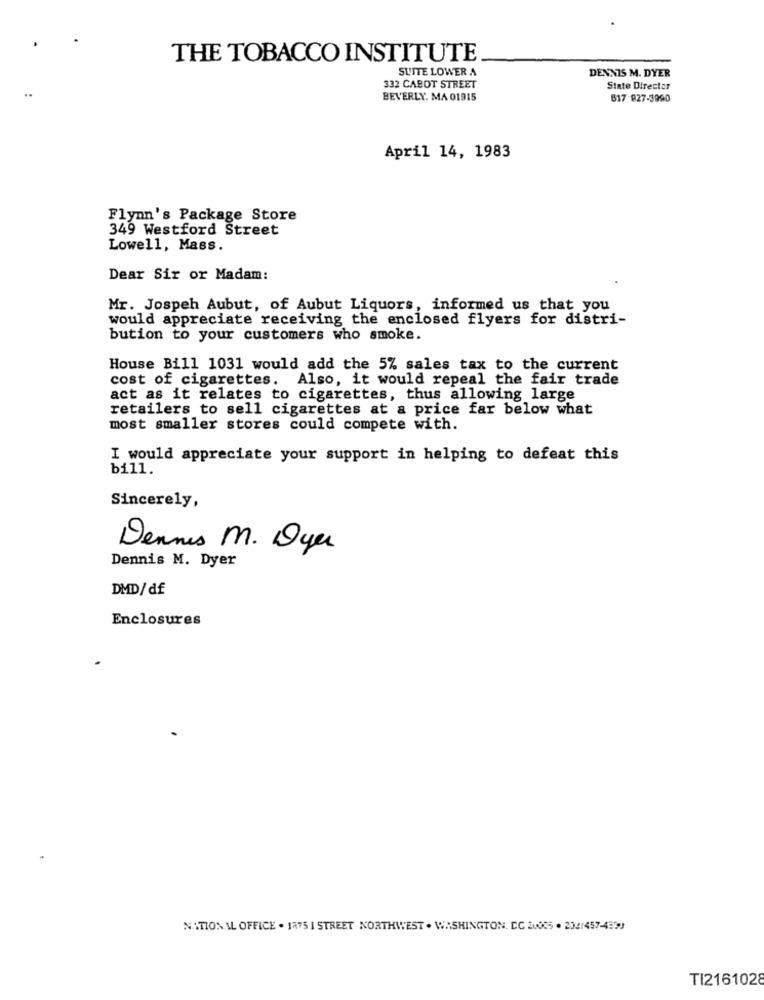
THE TOBACCO INSTITUTE
SUITE LOWER A
DENNIS M. DYER
..
332 CABOT STREET
State Director
BEVERLY. MA 01915
617: 827-3990
April 14, 1983
Flynn's Package Store
349 Westford Street
Lowell, Mass.
Dear Sir or Madam:
Mr. Jospeh Aubut, of Aubut Liquors, informed us that you
would appreciate receiving the enclosed flyers for distri-
bution to your customers who smoke.
House Bill 1031 would add the 5% sales tax to the current
cost of cigarettes. Also, it would repeal the fair trade
act as it relates to cigarettes, thus allowing large
retailers to sell cigarettes at a price far below what
most smaller stores could compete with.
I would appreciate your support in helping to defeat this
bill.
Sincerely,
Dennis M. Dyer
Dennis M. Dyer
DMD/df
Enclosures
NATIONAL OFFICE . 1875 I STREET NORTHWEST . WASHINGTON, DC 2005 . 2041457-4593
TI2161028